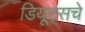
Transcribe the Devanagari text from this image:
डियूट्सचे